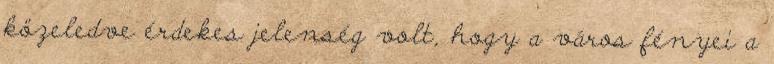
közeledve érdekes jelenség volt, hogy a város fényei a